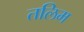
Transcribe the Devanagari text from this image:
तलिम